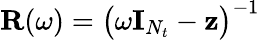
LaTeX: \mathbf{R}(\omega)=\big(\omega\mathbf{I}_{N_{t}}-\mathbf{z}\big)^{-1}